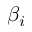
\beta _ { i }